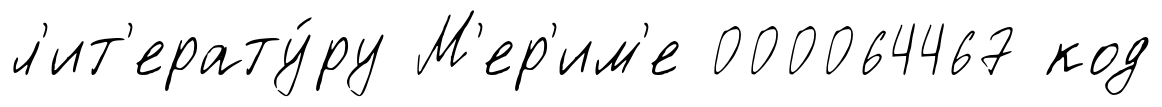
л'ит'ерату́ру М'ер'им'е 000064467 код